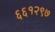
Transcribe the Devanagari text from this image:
६६१२९७